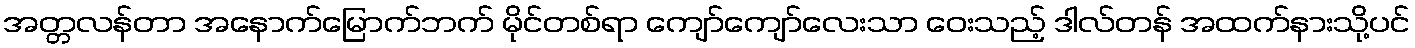
အတ္တလန်တာ အနောက်မြောက်ဘက် မိုင်တစ်ရာ ကျော်ကျော်လေးသာ ဝေးသည့် ဒါလ်တန် အထက်နားသို့ပင်